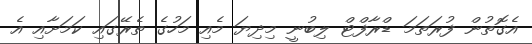
އެގޮތުން ފުރަތަމަ ޑްރާފްޓް ލިބުނީ މިދިޔަ މެއި މަހުގެ ތެރޭގައި ކަމަށާއި އެ